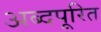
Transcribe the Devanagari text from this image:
अब्दपूरित